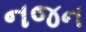
નજન